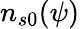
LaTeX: n_{s0}(\psi)